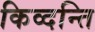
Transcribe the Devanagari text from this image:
किव्दन्ति